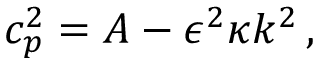
c _ { p } ^ { 2 } = A - \epsilon ^ { 2 } \kappa k ^ { 2 } \, ,